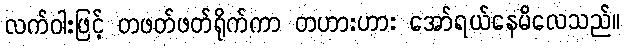
လက်ဝါးဖြင့် တဖတ်ဖတ်ရိုက်ကာ တဟားဟား အော်ရယ်နေမိလေသည်။